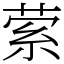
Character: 萦